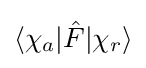
\langle \chi _{a}|{\hat {F}}|\chi _{r}\rangle